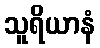
သူရိယာနံ